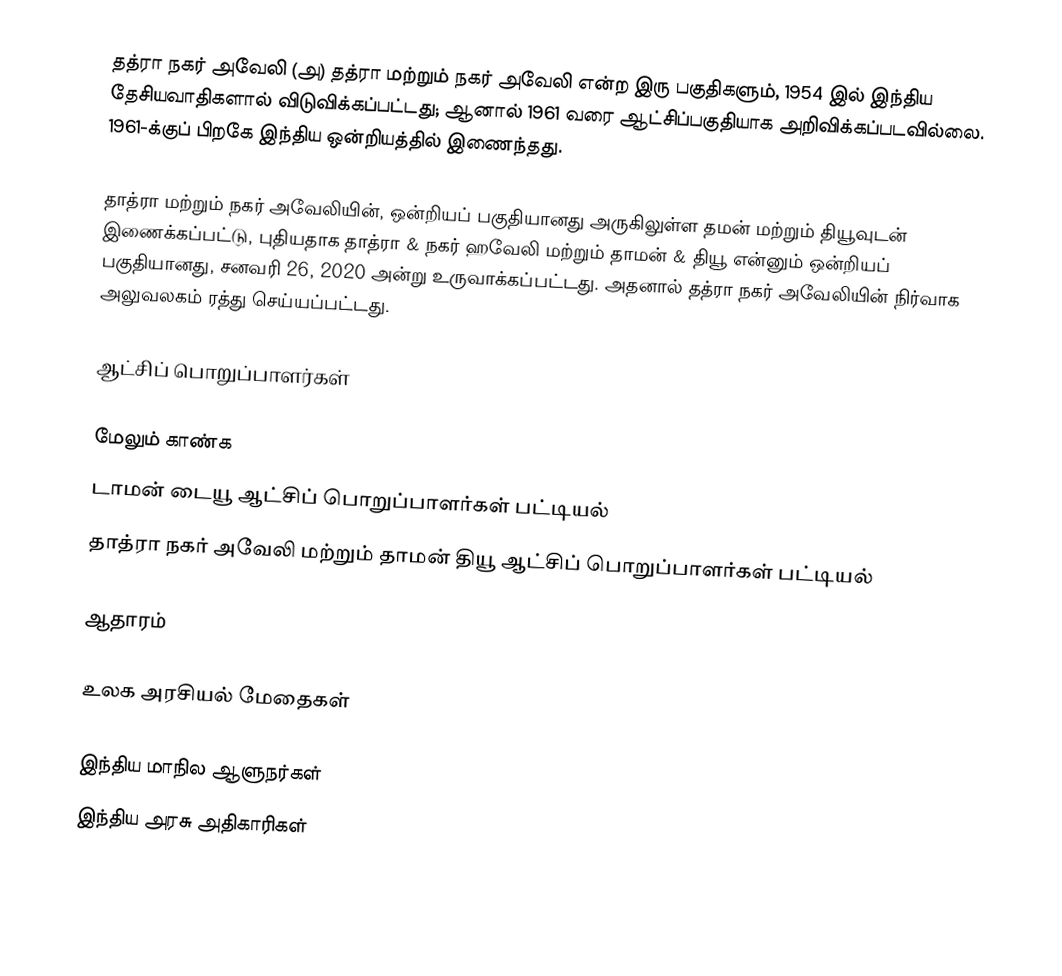
தத்ரா நகர் அவேலி (அ) தத்ரா மற்றும் நகர் அவேலி என்ற இரு பகுதிகளும், 1954 இல் இந்திய தேசியவாதிகளால் விடுவிக்கப்பட்டது; ஆனால் 1961 வரை ஆட்சிப்பகுதியாக அறிவிக்கப்படவில்லை. 1961-க்குப் பிறகே இந்திய ஒன்றியத்தில் இணைந்தது.

தாத்ரா மற்றும் நகர் அவேலியின், ஒன்றியப் பகுதியானது அருகிலுள்ள தமன் மற்றும் தியூவுடன் இணைக்கப்பட்டு, புதியதாக தாத்ரா & நகர் ஹவேலி மற்றும் தாமன் & தியூ என்னும் ஒன்றியப் பகுதியானது, சனவரி 26, 2020 அன்று உருவாக்கப்பட்டது. அதனால் தத்ரா நகர் அவேலியின் நிர்வாக அலுவலகம் ரத்து செய்யப்பட்டது.

ஆட்சிப் பொறுப்பாளர்கள்

மேலும் காண்க
 டாமன் டையூ ஆட்சிப் பொறுப்பாளர்கள் பட்டியல்
 தாத்ரா நகர் அவேலி மற்றும் தாமன் தியூ ஆட்சிப் பொறுப்பாளர்கள் பட்டியல்

ஆதாரம்

 உலக அரசியல் மேதைகள்

இந்திய மாநில ஆளுநர்கள்
இந்திய அரசு அதிகாரிகள்